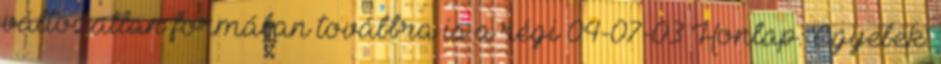
változatlan formában továbbra is a régi 04-07-03 Honlap: 'Egyebek'